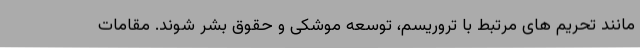
مانند تحریم های مرتبط با تروریسم، توسعه موشکی و حقوق بشر شوند. مقامات